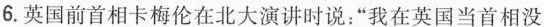
6.英国前首相卡梅伦在北大演讲时说：”我在英国当首相没